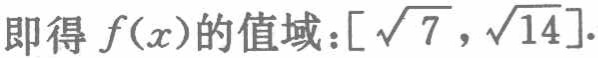
即得 \(f(x)\) 的值域：\([\sqrt{7},\sqrt{14}]\).